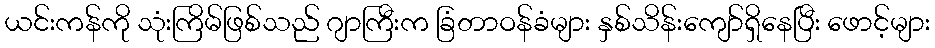
ယင်းကန်ကို သုံးကြိမ်ဖြစ်သည် ဂျာကြီးက ခြံတာဝန်ခံများ နှစ်သိန်းကျော်ရှိနေပြီး ဖောင့်များ